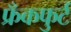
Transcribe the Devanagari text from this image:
फ्रँकफुर्ट